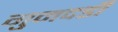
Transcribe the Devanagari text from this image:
गुमदडी